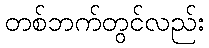
တစ်ဘက်တွင်လည်း